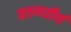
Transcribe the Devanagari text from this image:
वरुणतीर्थ